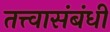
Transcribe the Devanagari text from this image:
तत्त्वासंबंधी